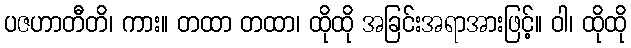
ပဇဟာတီတိ၊ ကား။ တထာ တထာ၊ ထိုထို အခြင်းအရာအားဖြင့်။ ဝါ၊ ထိုထို